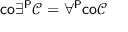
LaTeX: { \mathsf { c o } } \exists ^ { \mathsf { P } } { \mathcal { C } } = \forall ^ { \mathsf { P } } { \mathsf { c o } } { \mathcal { C } }